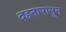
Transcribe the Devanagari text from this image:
दहनापासून